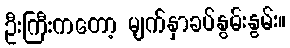
ဦးကြီးကတော့ မျက်နှာခပ်နွမ်းနွမ်း။